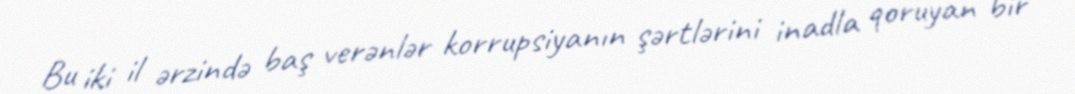
Bu iki il ərzində baş verənlər korrupsiyanın şərtlərini inadla qoruyan bir